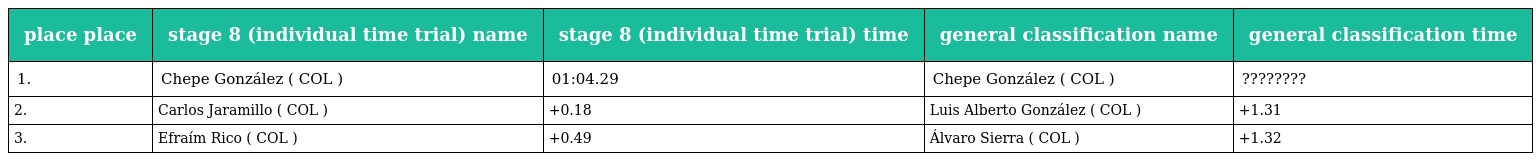
| place place | stage 8 (individual time trial) name | stage 8 (individual time trial) time | general classification name | general classification time |
 | --- | --- | --- | --- | --- |
 | 1. | Chepe González ( COL ) | 01:04.29 | Chepe González ( COL ) | ???????? |
 | 2. | Carlos Jaramillo ( COL ) | +0.18 | Luis Alberto González ( COL ) | +1.31 |
 | 3. | Efraím Rico ( COL ) | +0.49 | Álvaro Sierra ( COL ) | +1.32 |